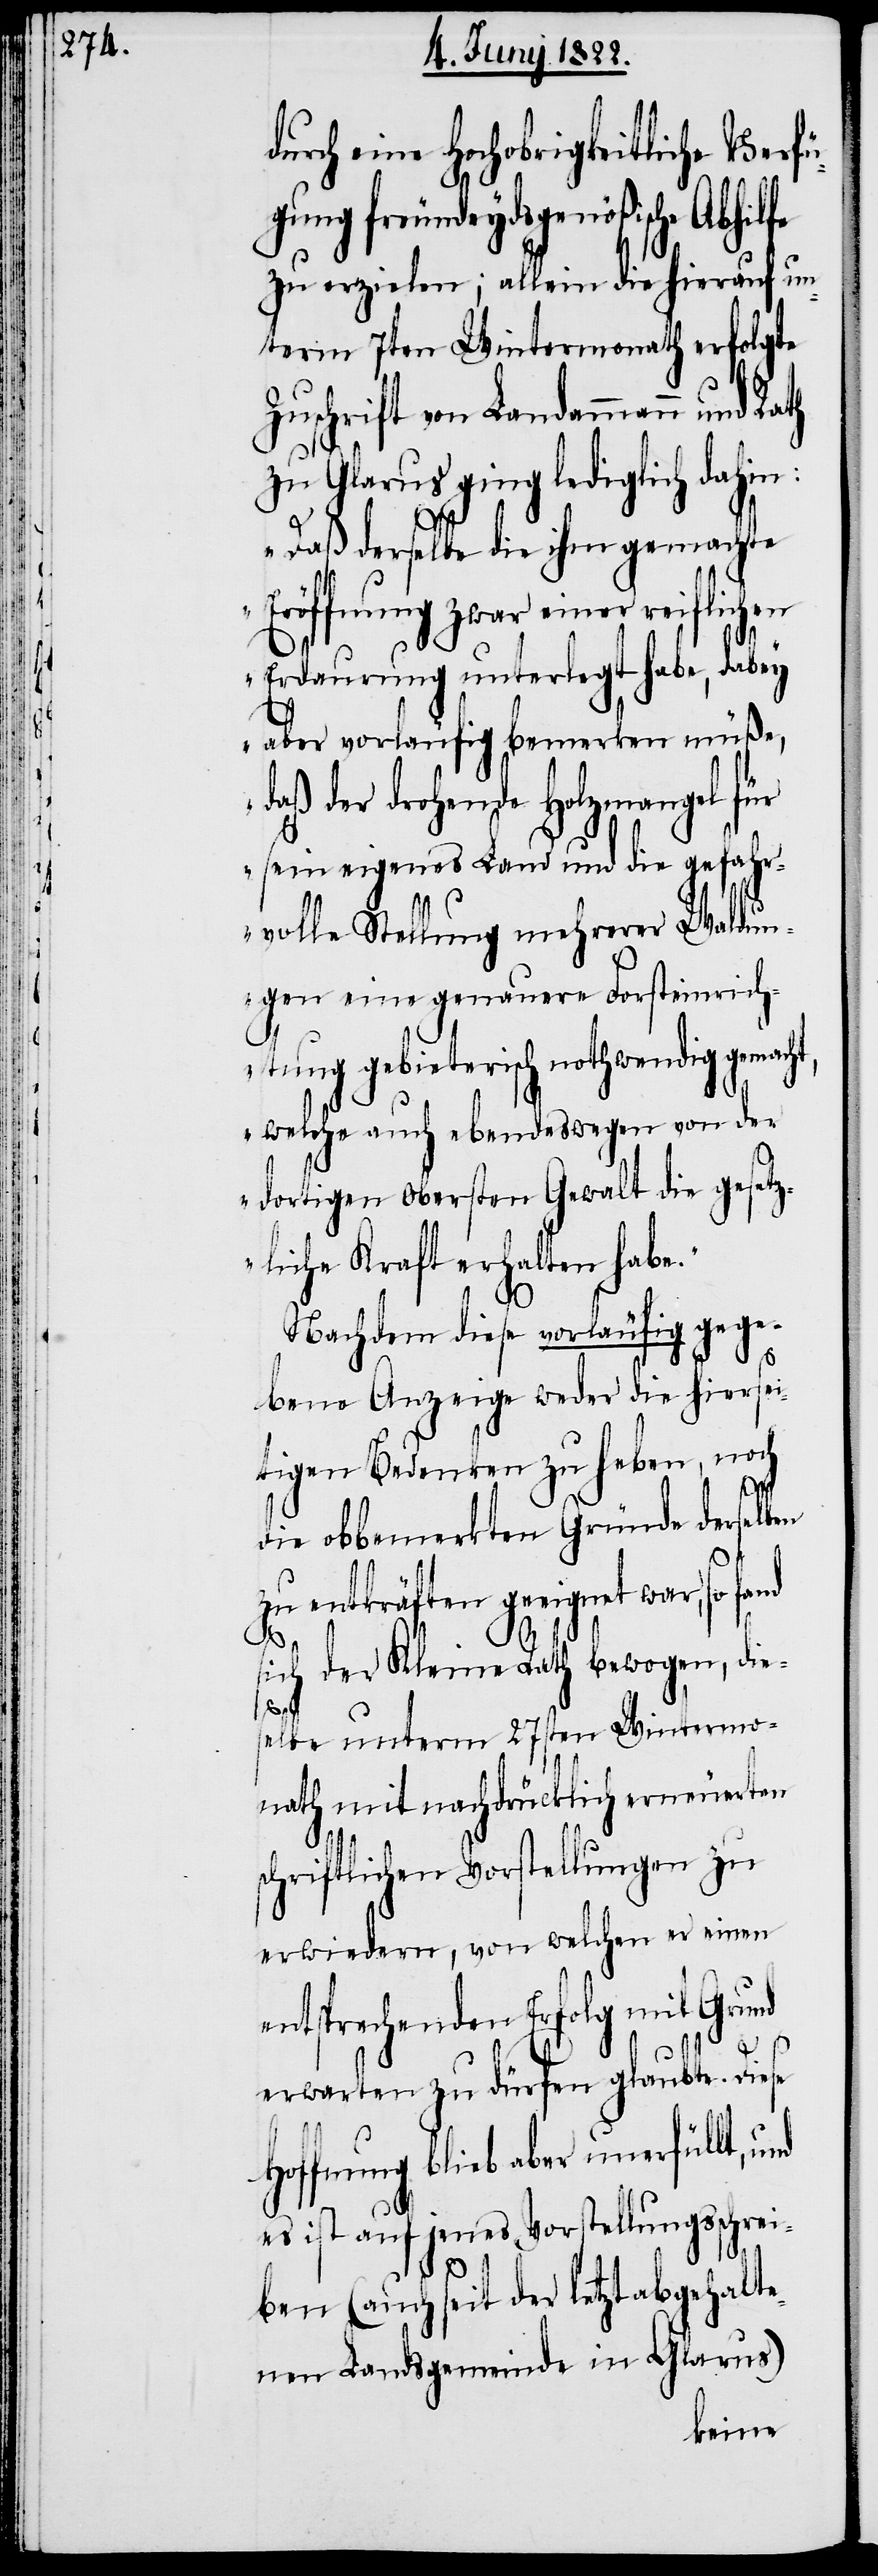
durch eine Hochobrigkeitliche Verfü¬
gung freundeydsgenößische Abhilfe
zu erzielen; allein die hierauf un¬
term 7ten Wintermonath erfolgte
Zuschrift von Landammann und
zu Glarus ging lediglich dahin:
fand
„Daß derselbe die ihm gemachte
Eröffnung zwar einer reiflichen
Erdaurung unterlegt habe, dabey
aber vorläufig bemerken müße,
daß der drohende Holzmangel für
sein eigenes Land und die gefahr¬
volle Stellung mehrerer Waldun¬
gen eine genauere Forsteinrich¬
tung gebieterisch nothwendig gemac¬
welche auch ebendeswegen von der
dortigen obersten Gewalt die gesetz¬
liche Kraft erhalten habe.“
Nachdem diese vorläufig gege¬
ht,
bene Anzeige weder die hiersei¬
tigen Bedenken zu heben, noch
die obbmeldten Gründe derselben
zu entkräften geeignet war,
sich der Kleine Rath bewogen, die¬
selbe unterm 27sten Wintermo¬
nath mit nachdrücklich erneuerten
schriftlichen Vorstellungen zu
erwiedern, von welchen er einen
ntsprechenden Erfolg und
erwarten zu dürfen glaubte. Diese
Hoffnung blieb aber unerfüllt, und
es ist auf jenes Vorstellungsschrei¬
e¬
ben (auch seit der letzt abgehalte¬
nen Landsgemeinde im Glarus)